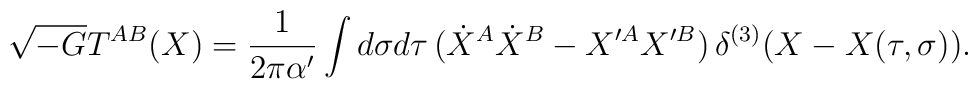
\sqrt{-G}T^{AB}(X)=\frac{1}{2\pi\alpha'}\int d\sigma d\tau\,(\dot{X}^A\dot{X}^B-X'^A X'^B)\,\delta^{(3)}(X-X(\tau,\sigma)).